Plague in India, 1896, 1897 - Volume 1
Year: 1896
Disease focus: Plague
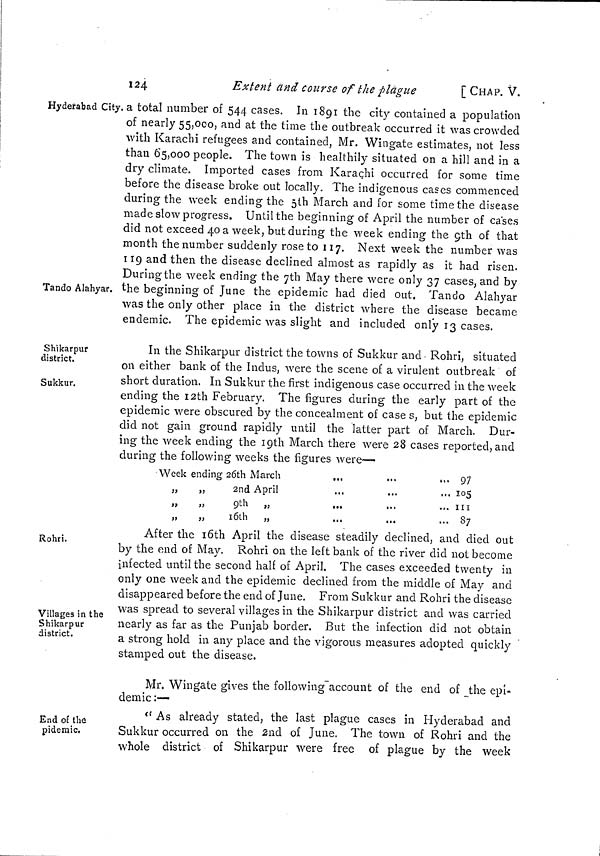
124
Extent and course of the plague
[ CHAP. V.
Hyderabad City.
Tando Alahyar.
a total number of 544 cases. In 1891 the city contained a population
of nearly 55,000, and at the time the outbreak occurred it was crowded
with Karachi refugees and contained, Mr. Wingate estimates, not less
than 65,000 people. The town is healthily situated on a hill and in a
dry climate. Imported cases from Karachi occurred for some time
before the disease broke out locally. The indigenous cases commenced
during the week ending the 5th March and for some time the disease
made slow progress. Until the beginning of April the number of cases
did not exceed 40 a week, but during the week ending the 9th of that
month the number suddenly rose to 117. Next week the number was
119 and then the disease declined almost as rapidly as it had risen.
During the week ending the 7th May there were only 37 cases, and by
the beginning of June the epidemic had died out. Tando Alahyar
was the only other place in the district where the disease became
endemic. The epidemic was slight and included only 13 cases.
Shikarpur
district.
Sukkur.
In the Shikarpur district the towns of Sukkur and Rohri, situated
on either bank of the Indus, were the scene of a virulent outbreak of
short duration. In Sukkur the first indigenous case occurred in the week
ending the 12th February. The figures during the early part of the
epidemic were obscured by the concealment of case s, but the epidemic
did not gain ground rapidly until the latter part of March. Dur-
ing the week ending the 19th March there were 28 cases reported, and
during the following weeks the figures were—
Week ending 26th March
„
„
2nd April
,,
,,
9 th ,,
„
„
16th „
„. 97
... 105
,.,
...
... 111
... 87
Rohri.
Villages in the
Shikarpur
district.
After the 16th April the disease steadily declined, and died out
by the end of May. Rohri on the left bank of the river did not become
infected until the second half of April. The cases exceeded twenty in
only one week and the epidemic declined from the middle of May and
disappeared before the end of June. From Sukkur and Rohri the disease
was spread to several villages in the Shikarpur district and was carried
nearly as far as the Punjab border. But the infection did not obtain
a strong hold in any place and the vigorous measures adopted quickly
stamped out the disease.
Mr. Wingate gives the following account of the end of the epi-
demic:—
End of the
pidemic.
" As already stated, the last plague cases in Hyderabad and
Sukkur occurred on the 2nd of June. The town of Rohri and the
whole district of Shikarpur were free of plague by the week